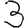
Digit: 3